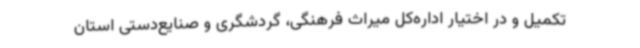
تکمیل و در اختیار اداره‌کل میراث فرهنگی، گردشگری و صنایع‌دستی استان